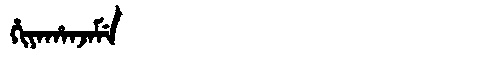
Manchu: ᡥᡳᠶᠠᡥᠠᠨᠵᠠᠮᡝ
Romanization: HIYAHANJAME